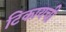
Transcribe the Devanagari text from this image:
टिकायची